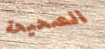
الصحيحة